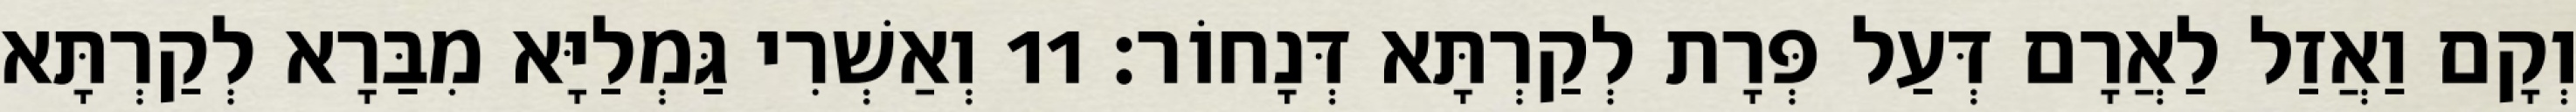
וְקָם וַאֲזַל לַאֲרָם דְּעַל פְּרָת לְקַרְתָּא דְּנָחוֹר׃ 11 וְאַשְׁרִי גַּמְלַיָּא מִבַּרָא לְקַרְתָּא